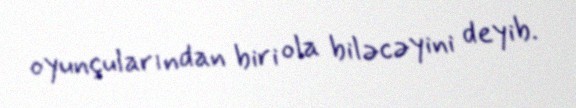
oyunçularından biri ola biləcəyini deyib.